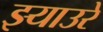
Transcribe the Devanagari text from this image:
झ्याउरे